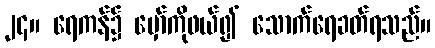
၂၄။ ရေကန်၌ မှော်ကိုဖယ်၍ သောက်ရေခတ်ရသည်။